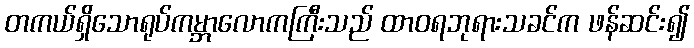
တကယ်ရှိသောရုပ်ကမ္ဘာလောကကြီးသည် ထာဝရဘုရားသခင်က ဖန်ဆင်း၍